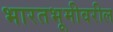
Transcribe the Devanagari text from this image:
भारतभूमीवरील